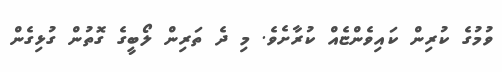
ވުމުގެ ކުރިން ކައިވެންޏެއް ކުރާށެވެ. މި ދެ ތަރިން ލޯބީގެ ގޮތުން ގުޅިގެން